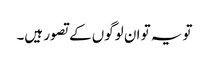
تو یہ تو ان لوگوں کے تصور ہیں۔